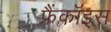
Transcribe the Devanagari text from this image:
फ्रैंकॉइस